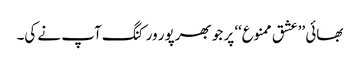
بھائی ’’عشق ممنوع‘‘ پر جو بھرپور ورکنگ آپ نے کی۔